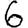
Digit: 6